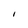
Character: I